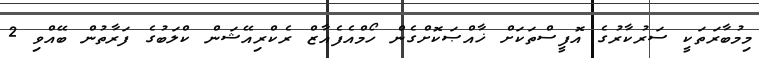
މިމުބާރަތަކީ ސަރުކާރުގެ އޮފީސްތަކަށް ޚާއްޞަކޮށްގެން ހޯމްއެފެއާޒް ރެކްރިއޭޝަން ކްލަބުގެ ފަރާތުން ބޭއްވި 2